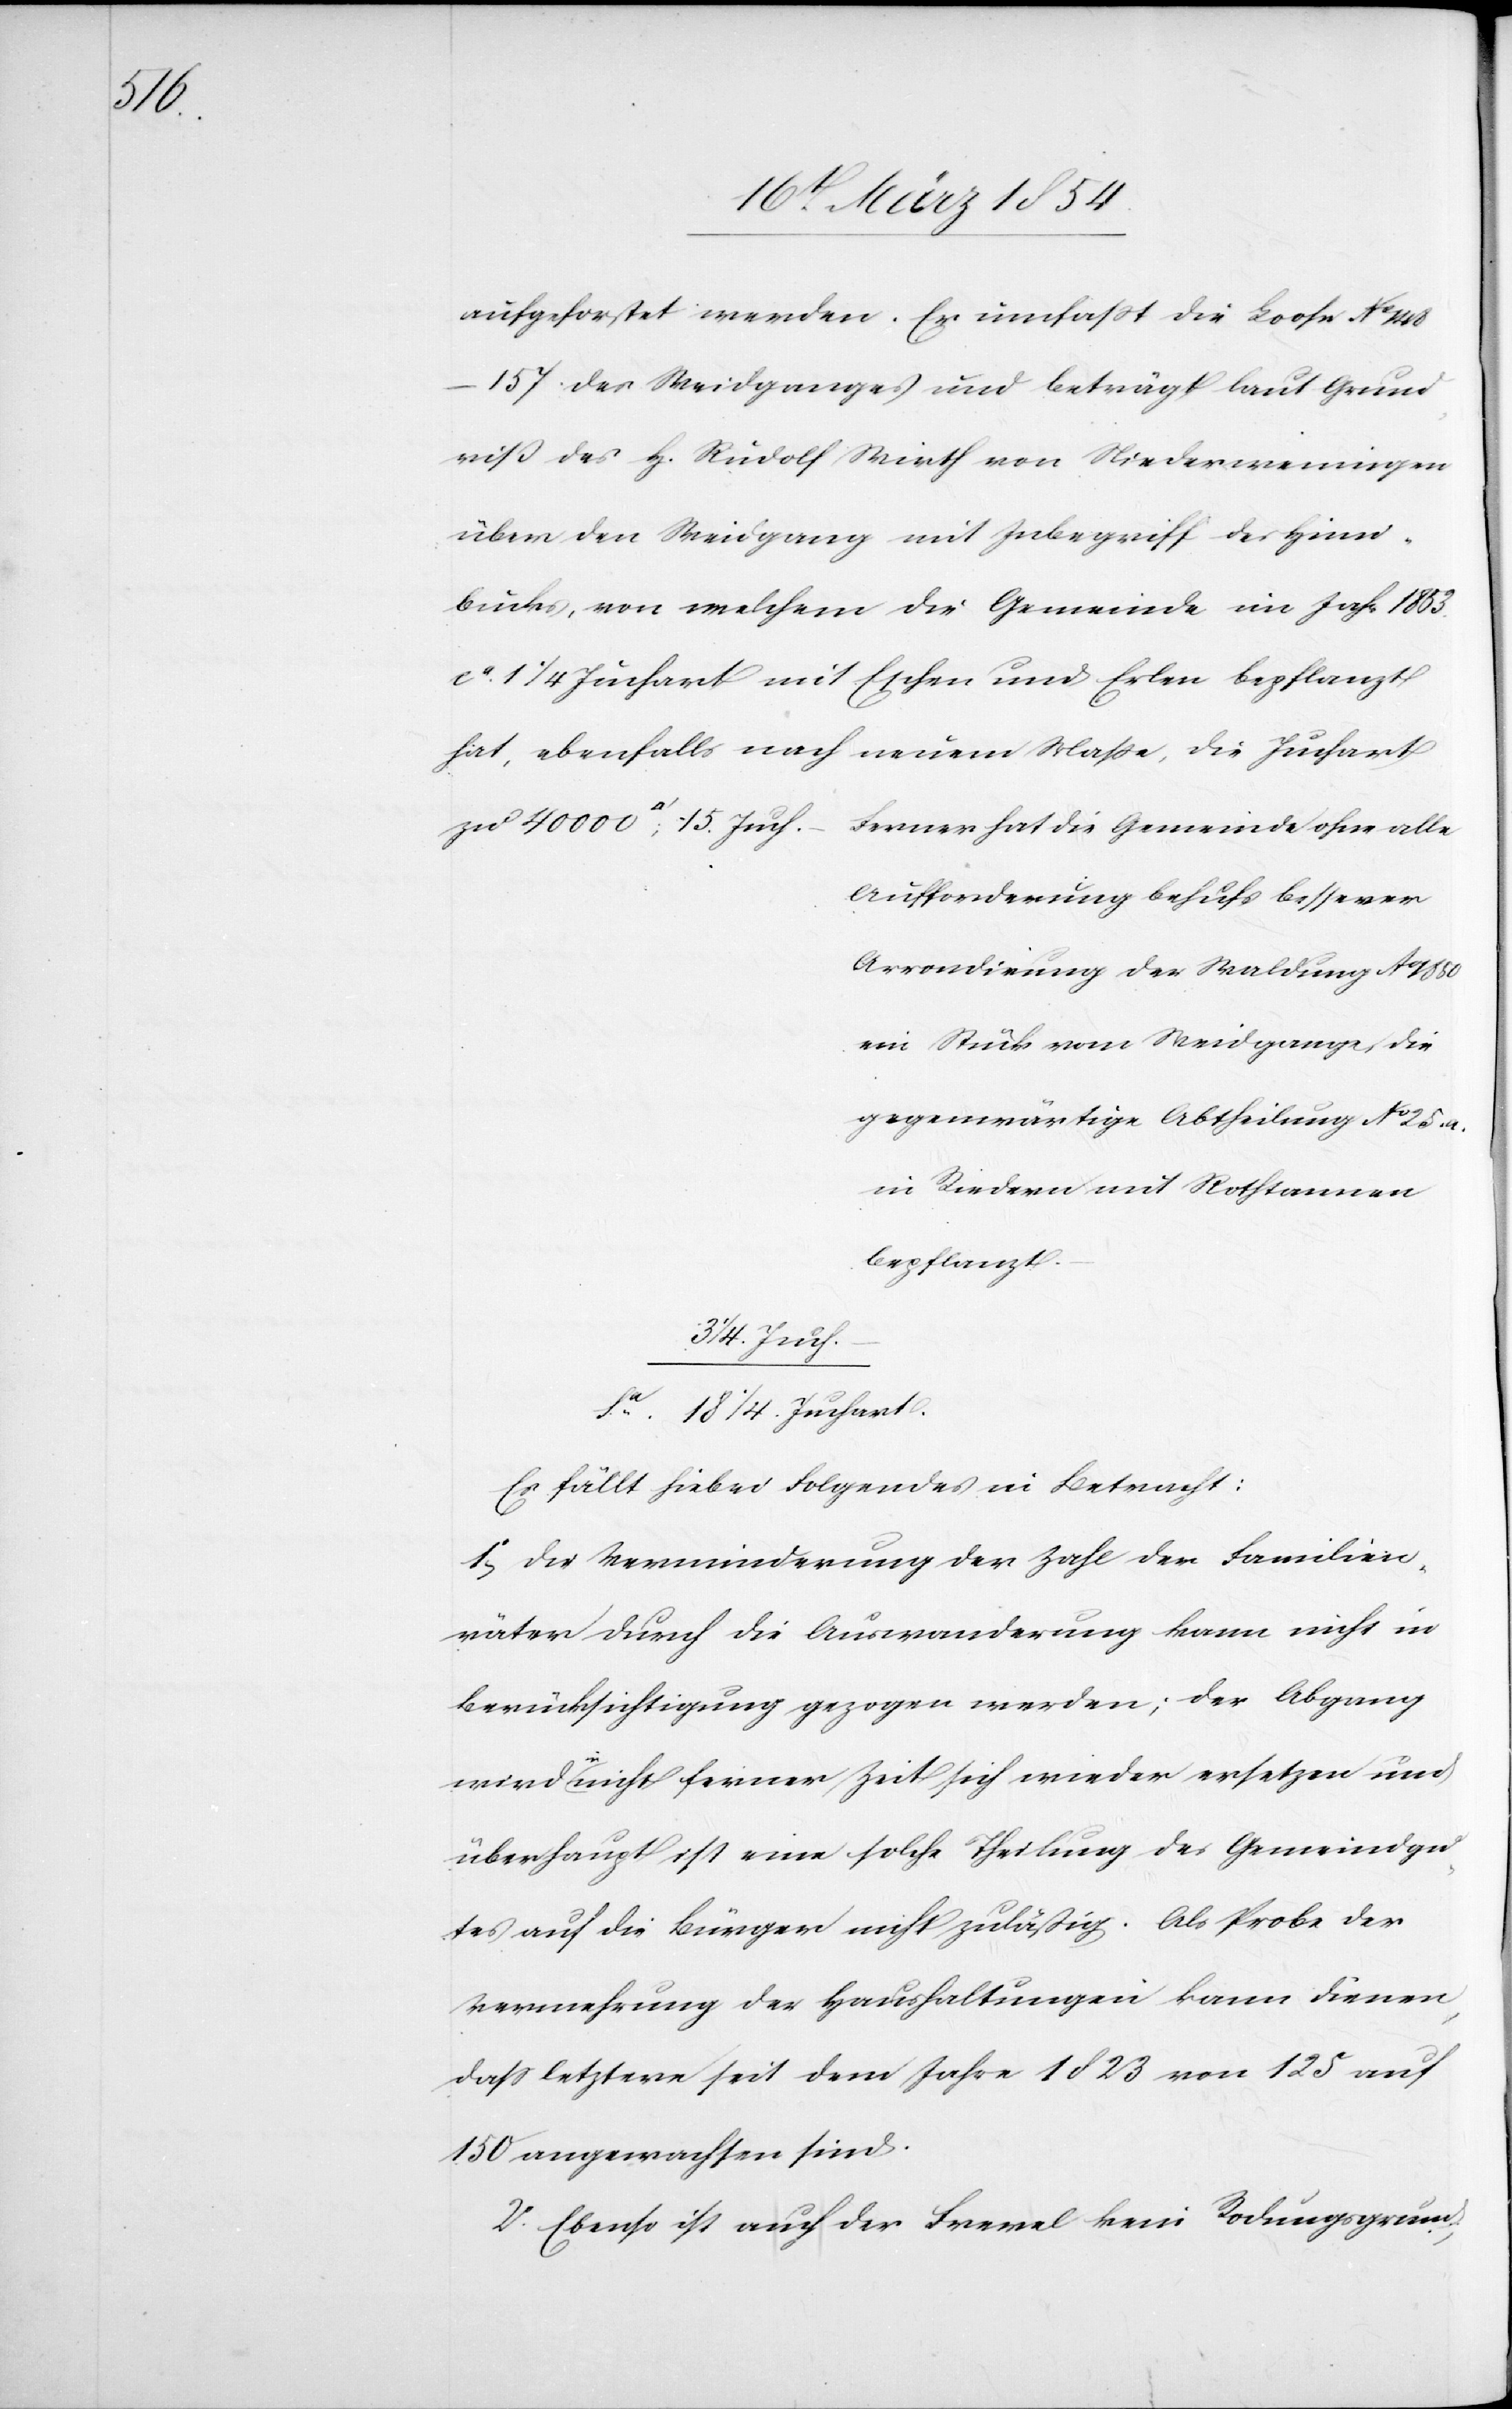
aufgeforstet werden. Er umfaßt die Loose No
148–157. des Weidganges und beträgt laut Grund¬
riß des H. Rudolf Wirth von Niederweningen
über den Weidgang mit Inbegriff des Himi¬
brücks, von welchem die Gemeinde im Jahr 1853
ca 1 1/4 Juchart mit Eschen und Erlen bepflanzt
hat, ebenfalls nach neuem Maße, die Juchart
Ferner hat die Gemeinde ohne alle
Aufforderung behufs besserer
Arrondirung der Waldung Ao
ein Stück vom Weidgange, die
gegenwärtige Abtheilung No 25. a.
in Riedern mit Rothtannen
bepflanzt.
1/4 Juch.
Sa 18 1/4 Juchart.
Es fällt hiebei Folgendes in Betracht:
1o Die Verminderung der Zahl der Familien¬
väter durch die Auswanderung kann nicht in
Berücksichtigung gezogen werden; der Abgang
wird a-in-a nicht ferner Zeit sich wieder ersetzen und
überhaupt ist eine solche Theilung des Gemeindgu¬
tes auf die Bürger nicht zuläßig. Als Probe der
Vermehrung der Haushaltungen kann dienen,
daß letztere seit dem Jahre 1823 von 125 auf
150 angewachsen sind.
2o Ebenso ist auch der Frevel kein Rodungsgrund,